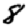
Digit: 8